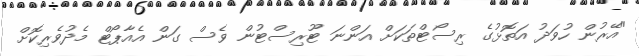
"އޭރުން ހުވަދު އަތޮޅުގެ ރިސޯޓްތަކަށް އަންނަ ޓޫރިސްޓުން ވެސް ގަން އެއާޕޯޓް މެދުވެރިކޮށް